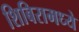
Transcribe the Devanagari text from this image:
शिबिरामध्ये